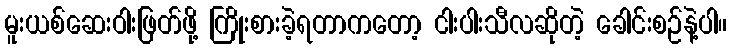
မူးယစ်ဆေးဝါးဖြတ်ဖို့ ကြိုးစားခဲ့ရတာကတော့ ငါးပါးသီလဆိုတဲ့ ခေါင်းစဉ်နဲ့ပါ။